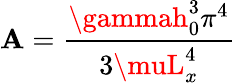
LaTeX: \mathbf{A}=\frac{{\gammah_{0}^{3}\pi^{4}}}{{3\muL_{x}^{4}}}